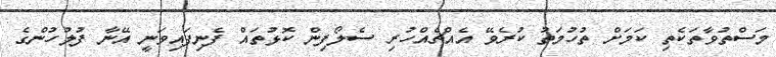
މަސްތުވާތަކެތި ކަމަށް ތުހުމަތު ކުރެވޭ އެއްޗެއްހުރި ސެލޯފިން ކޮޅުތައް ފެނިފައިވަނީ އޭނާ ފުލުހުންގެ